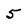
Character: 5